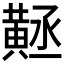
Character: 𪎻